Annual report on the lock hospitals of the Madras Presidency
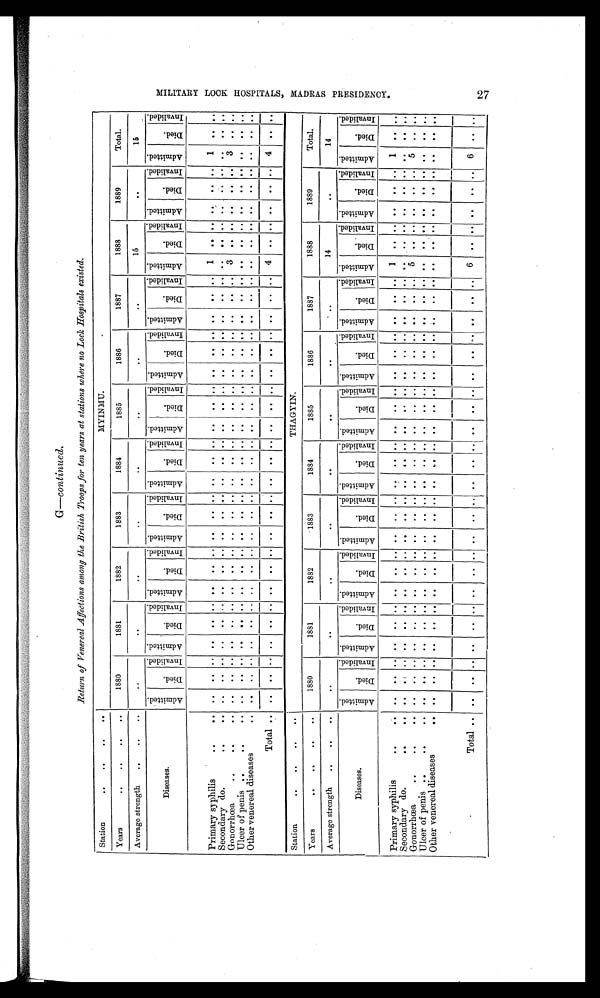
G—continued.
Return of Venereal Affections among the British Troops for ten years at stations where no Lock Hospitals existed.
Station
..
. .
..
. .
MYINMU.
Years
. .
. .
. .
. .
1880
1881
1882
1883
1884
1885
1886
1887
1888
1889
Total.
Average strength
. .
..
. .
. .
. .
. .
. .
. .
. .
. .
. .
15
. .
15
Diseases.
A d m i t t e d .
D i e d .
I n v a l i d e d . Admi t t ed.
D i e d .
I n v a l i d e d . A d m i t t e d .
D i e d .
• I n v a l i d e d . A d m i t t e d .
D i e d .
I n v a l i d e d . A d m i t t e d .
D i e d .
I n v a l i d e d . A d m i t t e d .
D i e d .
I n v a l i d e d . Admi t t ed.
Di e d .
I nval i ded. A d m i t t e d .
D i e d . '
I nva l i de d. A d m i t t e d .
D i e d .
I n v a l i d e d .
Admi t t ed.
D i e d .
I n v a l i d e d .
A d m i t t e d .
D i e d .
I n v a l i d e d .
Primary syphilis
. .
. .
. .
. . .. ..
..
. . ..
. .
. .
. .
.. ..
. .
..
. . ..
..
. .
. .
.. ..
..
..
..
1
. .
. .
..
. .
. .
1
. .
. .
Secondary do.
. .
. .
. .
. .
. . ..
.. .. ..
.. .. ..
..
..
. .
..
..
..
..
..
..
..
..
..
..
..
. .
..
..
..
. .
..
. .
. .
. .
Gonorrhœa
. .
. .
. .
. .
. .
. . ..
..
. . ..
. .
. . . .
.. ..
. .
..
. . ..
..
. . ..
.. ..
.. ..
..
3
. .
. . ..
. .
. . 3
. .
. .
Ulcer of penis ..
. .
. .
. .
. .
. . ..
..
. . ..
. .
..
. .
. . ..
. .
..
..
..
..
..
..
..
..
..
..
..
. .
. .
..
..
. .
..
. .
. .
. .
Other venereal diseases
. .
. .
. .
. . ..
.. .. ..
. . .. ..
.. ..
. .
..
. . ..
..
. . ..
.. ..
.. ..
..
. .
. .
. . ..
. .
. .
. .
. .
. .
Total ..
. .
. . .. ..
..
. . ..
. .
. .
. .
.. ..
. .
..
. . ..
..
. . ..
.. ..
.. ..
..
4
. .
. . ..
. .
. . 4
. .
. .
Station
. .
. .
. .
. .
THAGYIN.
Y e a r s
. .
. .
. .
. .
1880
1881
1882
1883
1884
1885
1886
1887
1888
1889
Total.
Average strength
..
. .
. .
. .
. .
. .
. .
. .
. .
. .
..
14
. .
14
Diseases.
A d m i t t e d .
D i e d .
I n v a l i d e d . Admi t t ed.
Di e d .
I n v a l i d e d . Admi t t ed.
D i e d .
I n v a l i d e d .
A d m i t t e d .
Di ed.
I nval i ded.
A d m i t t e d .
D i e d .
I n v a l i d e d . Admi t t ed.
D i e d .
I n v a l i d e d . Admi t t ed.
Di ed.
I nval i ded.
A d m i t t e d .
Died.
I nval i ded.
A d m i t t e d .
D i e d .
I n v a l i d e d . Admi t t ed.
D i e d .
I n v a l i d e d . A d m i t t e d .
D i e d .
I n v a l i d e d .
Primary syphilis
. .
. .
. .
. .
. . ..
..
. .
..
. .
. .
. .
.. ..
. .
..
. . ..
..
. . ..
.. ..
..
..
..
1
. .
. .
..
. .
. .
1
. .
. .
Secondary do.
. .
. .
. .
. .
. . ..
..
. .
..
. .
. .
. .
.. ..
. .
..
. . ..
..
. . ..
.. ..
..
..
..
. .
. .
. .
..
. .
. .
. .
. .
. .
Gonorrhœa
. .
. .
. .
. .
. .
. . ..
..
. . ..
. .
. . . .
.. ..
. .
..
. . ..
.. - ..
.. ..
..
..
..
5
. .
. .
..
. .
. .
5
..
. .
Ulcer of penis ..
. .
. .
. .
. .
. . ..
..
. . ..
. .
. . . .
.. ..
. .
..
. . ..
..
. . ..
..
..
..
..
..
. .
. .
. .
..
. .
. .
. .
. .
. .
Ot her venereal diseases
. .
. .
. .
. . ..
..
. .
..
. .
. .
. .
.. ..
. .
..
. . ..
..
. . ..
..
..
..
..
...
. .
. .
. .
..
. .
. .
. .
. .
. .
Total ..
. .
. .
. .
..
. .
. .
..
. .
..
. .
..
..
. .
. .
..
..
..
. .
.
.
.
.
..
..
6
. .
. . ..
. .
. .
6
. .
. .
M I L I T A R Y L O O K H O S P I T A L S , M A D R A S P R E S I D E N C Y .